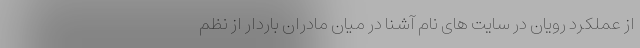
از عملکرد رویان در سایت های نام آشنا در میان مادران باردار از نظم